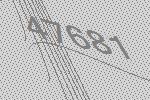
47681